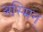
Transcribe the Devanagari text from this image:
अस्मिन्‌